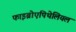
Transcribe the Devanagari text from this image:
फाइब्रोएपिथेलियल